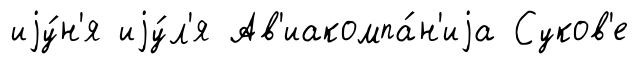
иjу́н'я иjу́л'я Ав'иакомпа́н'иjа Суков'е